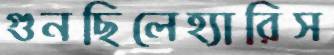
গুনছিলেহ্যারিস